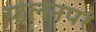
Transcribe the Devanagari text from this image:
फलनपर